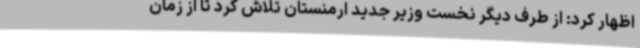
اظهار کرد: از طرف دیگر نخست وزیر جدید ارمنستان تلاش کرد تا از زمان